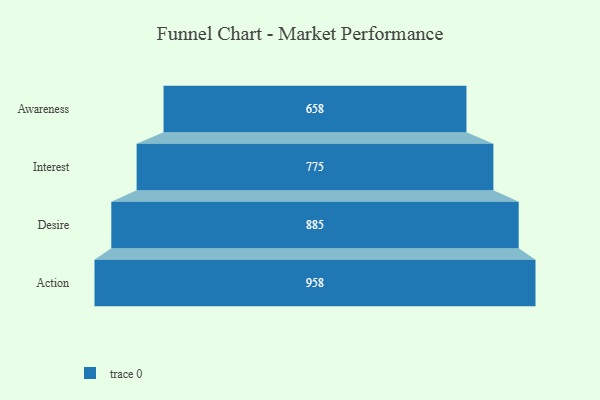
{"axis": {"x": "Stage", "y": "Value"}, "legend": [""], "data": [{"x": "Awareness", "y": 658.0, "type": ""}, {"x": "Interest", "y": 775.0, "type": ""}, {"x": "Desire", "y": 885.0, "type": ""}, {"x": "Action", "y": 958.0, "type": ""}]}